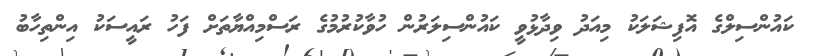
ކައުންސިލްގެ އޮފިޝަލަކު މިއަދު ވިދާޅުވީ ކައުންސިލަރުން ހުވާކުރުމުގެ ރަސްމިއްޔާތަށް ފަހު ރައީސަކު އިންތިހާބު